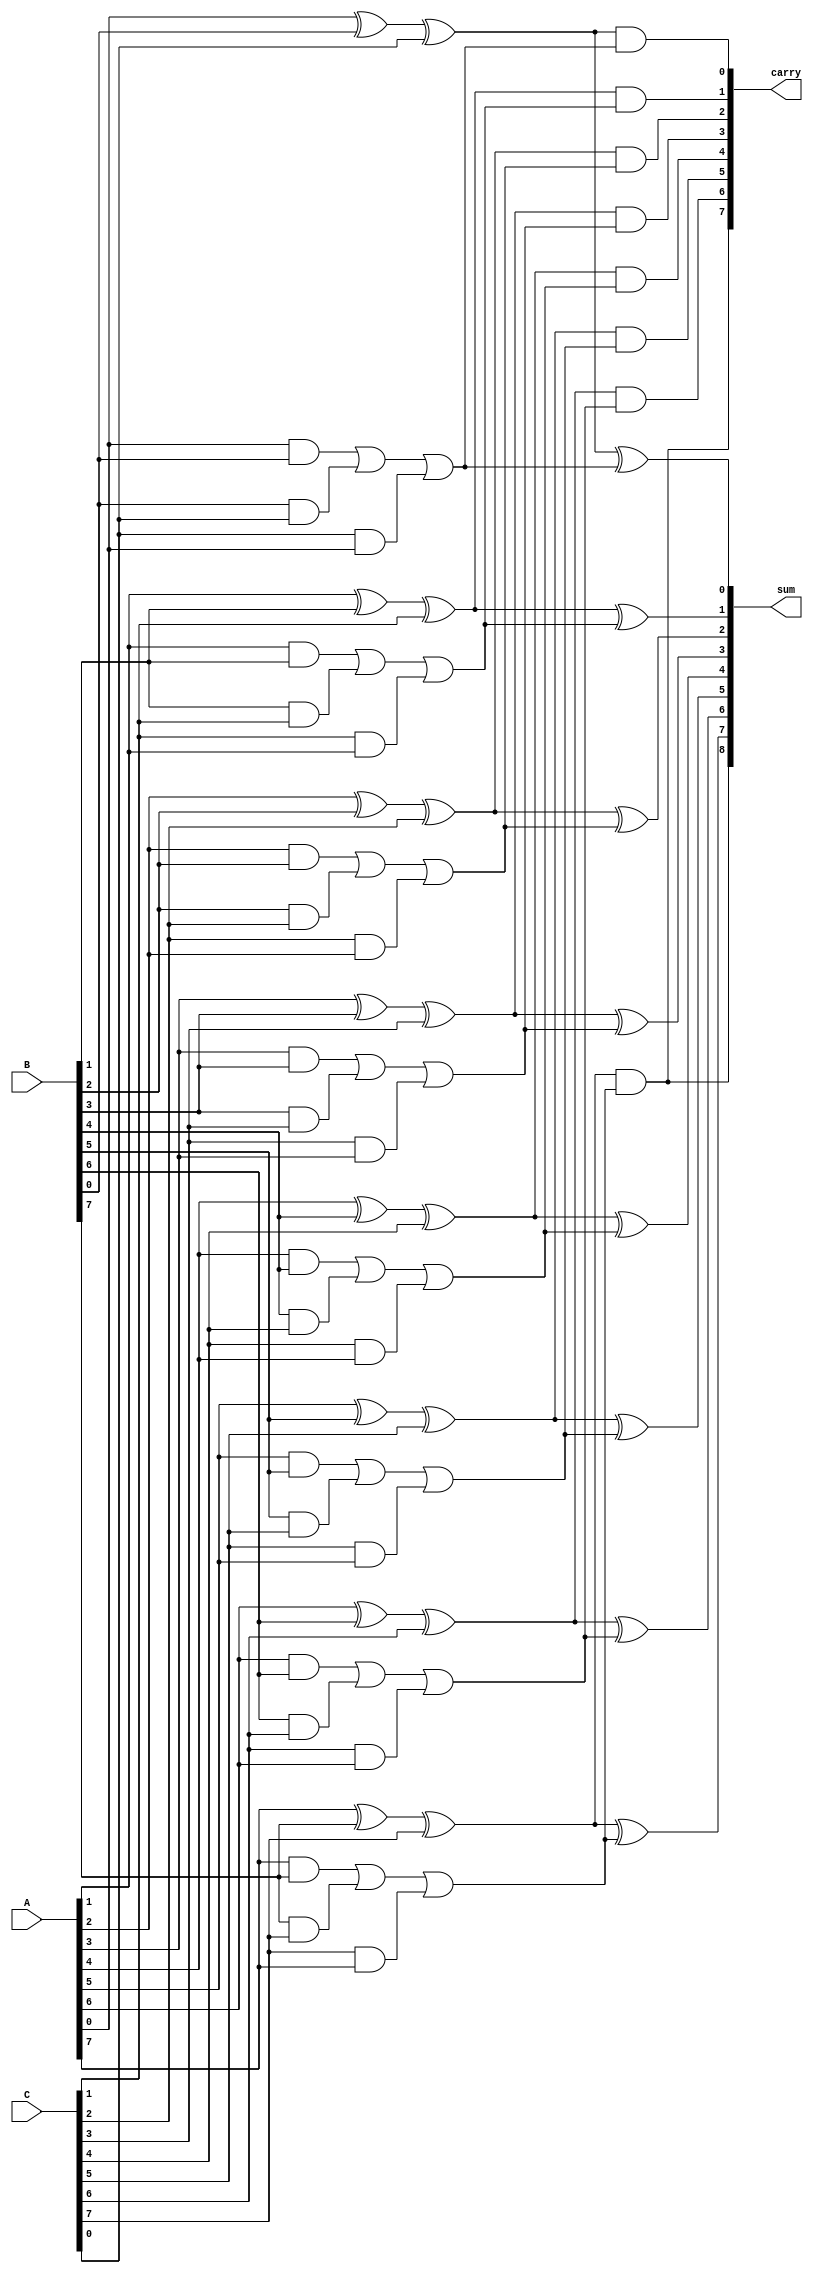
module CarrySaveAdder #(parameter N = 8) (
    input [N-1:0] A,
    input [N-1:0] B,
    input [N-1:0] C,
    output [N:0] sum,  // The sum output can be N+1 bits to accommodate potential carry
    output [N:0] carry
);
    // Internal wires for partial sums and carries
    wire [N-1:0] ps1, ps2, ps3; // Partial sums
    wire [N-1:0] c1, c2, c3;    // Carries

    // Stage 1: Compute partial sums and carries
    genvar i;
    generate
        for (i = 0; i < N; i = i + 1) begin : stage1
            assign ps1[i] = A[i] ^ B[i] ^ C[i];  // Partial sum
            assign c1[i] = (A[i] & B[i]) | (B[i] & C[i]) | (C[i] & A[i]); // Carry
        end
    endgenerate

    // Stage 2: Combine the partial sums and carries
    wire [N:0] combined_sum; // N+1 bits to handle carries
    wire [N:0] combined_carry;

    generate
        for (i = 0; i < N; i = i + 1) begin : stage2
            assign combined_sum[i] = ps1[i] ^ c1[i]; // Final sum bit
            assign combined_carry[i] = (ps1[i] & c1[i]); // New carry
        end
        // Handle carry for the last bit
        assign combined_sum[N] = combined_carry[N-1] | (ps1[N-1] & c1[N-1]);
    endgenerate

    // Final outputs
    assign sum = combined_sum;
    assign carry = combined_carry;

endmodule